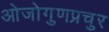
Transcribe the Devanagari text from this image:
ओजोगुणप्रचुर